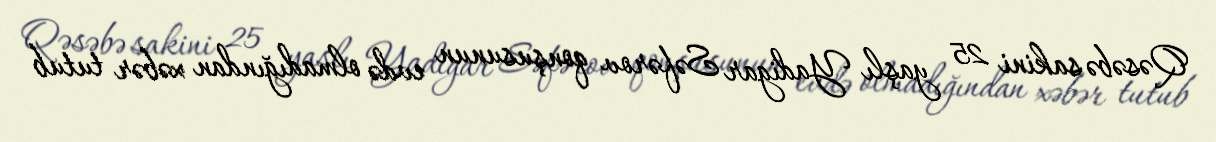
Qəsəbə sakini 25 yaşlı Yadigar Səfərov qonşusunun evdə olmadığından xəbər tutub